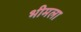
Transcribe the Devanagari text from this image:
भीमला